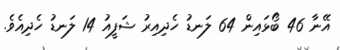
އޭނާ 46 ބޯޅައިން 64 ލަނޑު ހެދިއިރު ޝަފީއު 14 ލަނޑު ހެދިއެވެ.